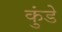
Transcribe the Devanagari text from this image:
कुंडेे